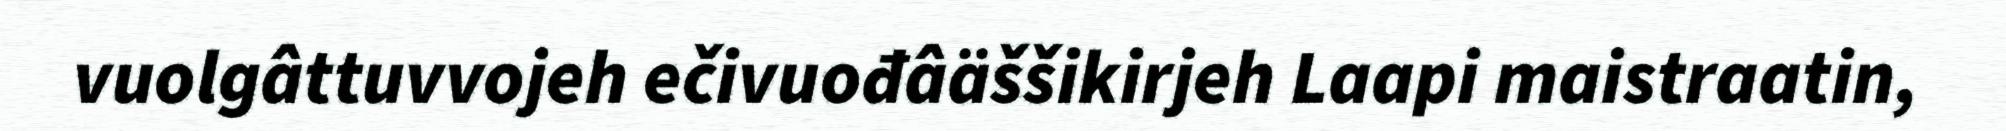
vuolgâttuvvojeh ečivuođâäššikirjeh Laapi maistraatin,